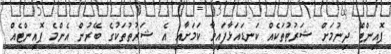
ޕޮއިންޓް ދިނުމަށް ޝަރުތުތަކެއް ކަނޑައަޅާފައިވާ ކަމަށާއި އެ ޝަރުތުތަކުގެ ބޭރުން އެންމެ ޕޮއިންޓެއް